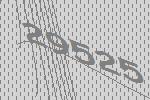
29525